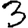
Digit: 3